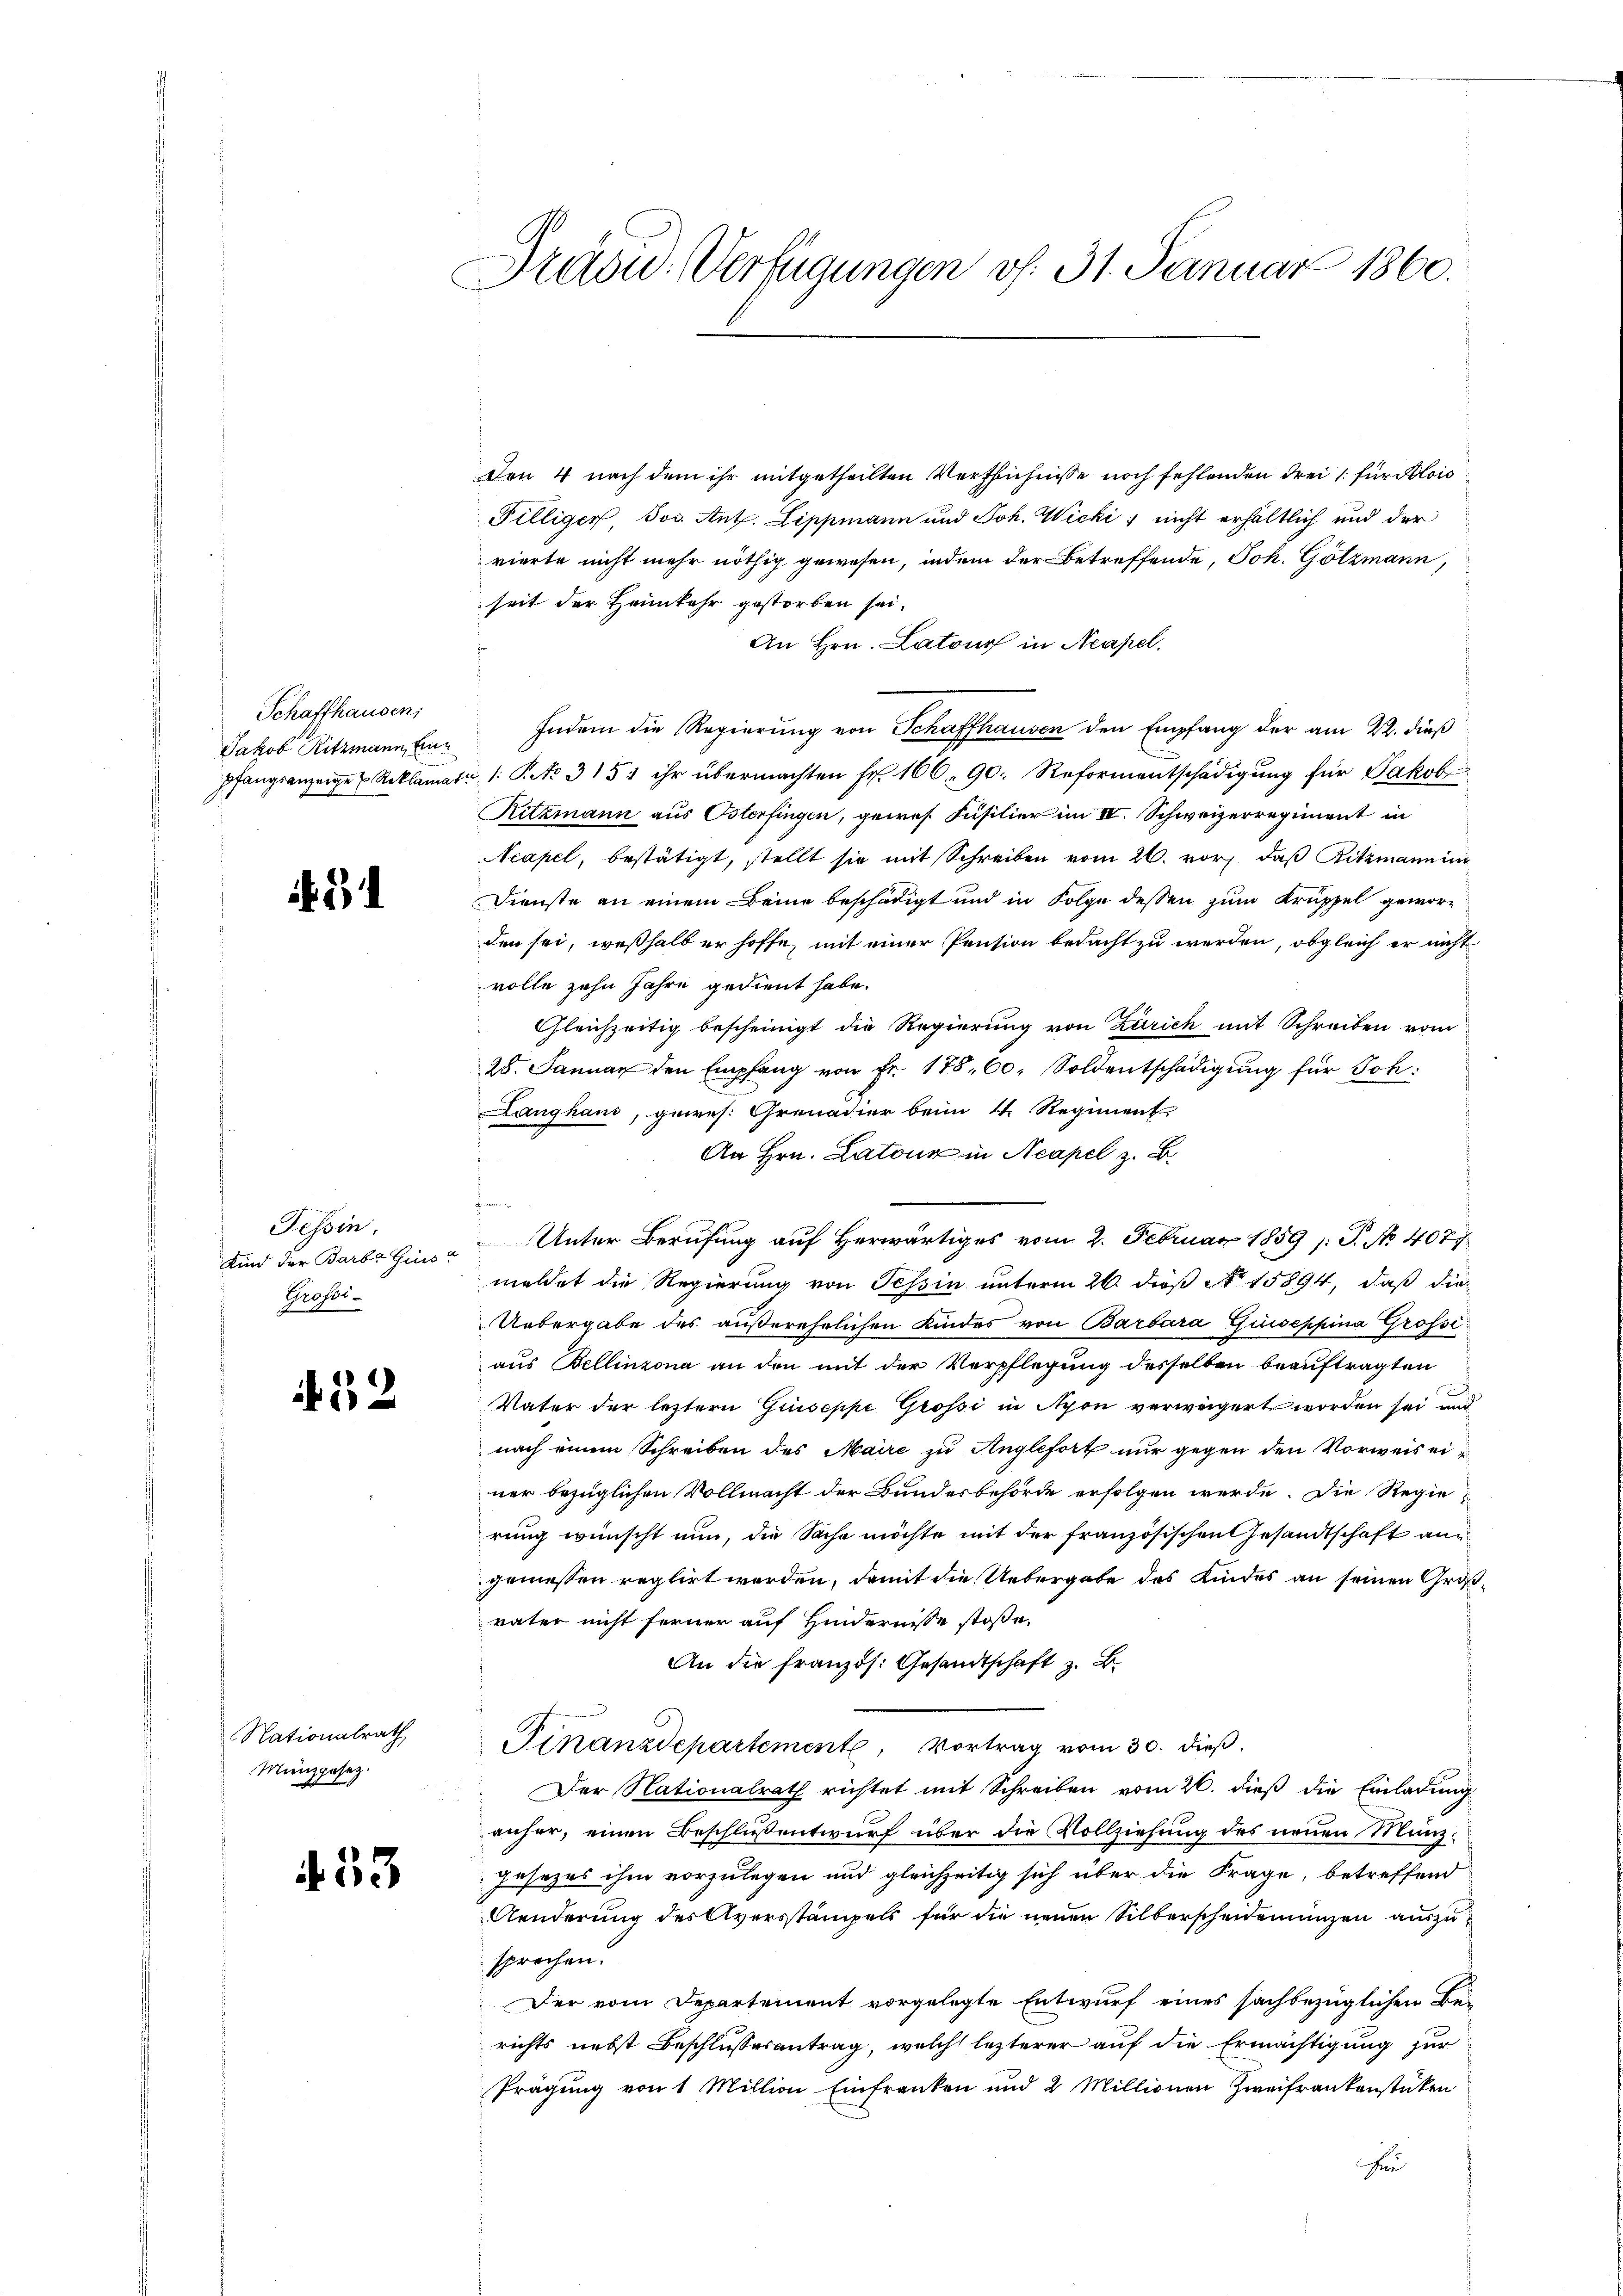
Schaffhausen,
Jakob Ritzmann, Ein

54

Tessin.
Profes.

52

Nationalrath
Münzgesez.

433

Den 4 nach dem ihr mitgetheilten Verflüchnisse noch fehlenden drei 1 für Polic
Filliger, Jos. Ant. Lippmann und Joh. Wicki ; nicht erhältlich und der
vierte nicht mehr nöthig gewesen, indem der Betreffende, Joh. Götzmann,
seit der Heimkehr gestorben sei.
An Hrn. Latour in Neapel.
Indem die Regierung von Schaffhausen den Empfang der am 22. dieß
pfangsanzeige u. Reklamati (: Pio 315 ihr übermachten Fr. 166. 90. Reformentschädigŭng für Jakob
Ritzmann aus Osterfingen, gewes. Füsilier im IV. Schweizerregiment in
Acapel, bestätigt, stellt sie mit Schreiben vom 26. vor, daβ Ritzmannin
Dienste an einem Deine beschädigt und in Folge dessen zum Krüppel geworden sei, weßhalb er hoffe, mit einer Pension bedacht zu werden, obgleich er nicht
volle zehn Jahre gedient habe.
Gleichzeitig bescheinigt die Regierung von Zürich mit Schreiben vom
28. Januar den Empfang von Fr. 178. 60. Soldentschädigung für Joh:
Langhand, gewes. Grenadier beim 4. Regiment
An Hrn. Latour in Neapel z. B.
.
Kind der Barba Gins Unter Berufung auf Herwärtiges vom 2. Februar 1859 (S. No 4077
meldet die Regierung von Tessin unterm 26. dieß No 15894, daß die¬
Uebergabe des außerehrlichen Kindes von Barbara Giuseppina Grofsi
aus Bellinzona an den mit der Verpflegung desselben beauftragten
Vater der letztern Giuseppe Grossi in Nyon verwürgert worden sei und
nach einem Schreiben des Maire zu Angefort nur gegen den Vorweis einer bezüglichen Vollmacht der Bundesbehörde erfolgen werde. Die Regierung wünscht nun, die Sache möchte mit der französischen Gesandtschaft ang
geniessen reglirt werden, damit die Uebergabe des Kindes an seinen Groß-
vater nicht ferner auf Hindernisse stoße,
An die französ. Gesandtschaft z. B.
Finanzdepartement, Vortrag vom 30. dieß.
Der Nationalrath richtet mit Schreiben vom 26. dieß die Einladung
anher, einen Beschlußentwurf über die Vollziehung des neuen Münz¬
Jesezes ihm vorzulegen und gleichzeitig sich über die Frage, betreffend
Aenderung des Aversstämpels für die neuen Silberscheidemünzen auszusprechen.
Der vom Departement vorgelegte Entwurf eines sachbezüglichen Bei
richts nebst Beschlussesantrag, welch lezterer auf die Ermächtigung zur
Prägung von 1 Million Einfranken und 2 Millionen Zweifrankenstücken
r

Präsid. Verfügungen v. 31. Januar 1860.